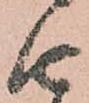
由